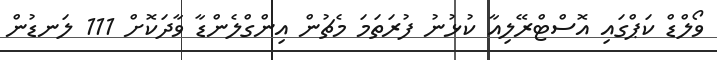
ވޯލްޑް ކަޕްގައި އޮސްޓްރޭލިއާ ކުޅުނު ފުރަތަމަ މެޗުން އިންގްލެންޑާ ވާދަކޮށް 111 ލަނޑުުންް